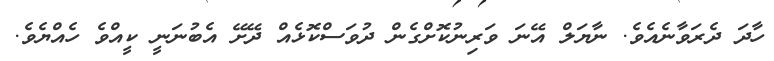
ހާދަ ދެރަވާނެއެވެ. ނާޔަލް އޭނަ ވަރިނުކޮށްގެން ދުވަސްކޮޅެއް ދޭށޭ އެބުނަނީ ކީއްވެ ހެއްޔެވެ.